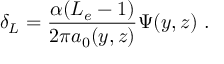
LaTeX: \delta _ { L } = \frac { \alpha ( L _ { e } - 1 ) } { 2 \pi a _ { 0 } ( y , z ) } \Psi ( y , z ) \ .